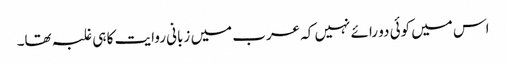
اس میں کوئی دو رائے نہیں کہ عرب میں زبانی روایت کا ہی غلبہ تھا۔